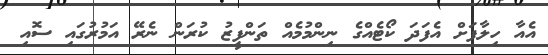
އެއާ ހިލާފަށް އެފަދަ ކޯޓެއްގެ ނިންމުމެއް ތަންފީޒު ކުރަން ނެރޭ އަމުރުގައި ސޮއި